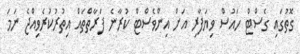
ގޮތުގައި ގެސްޓް ހައުސް ވިޔަފާރި އަށް އިންވެސްޓް ކުރާނެ ފަރާތްތައް އިތުރުކުރެވިއްޖެ ނަމަ